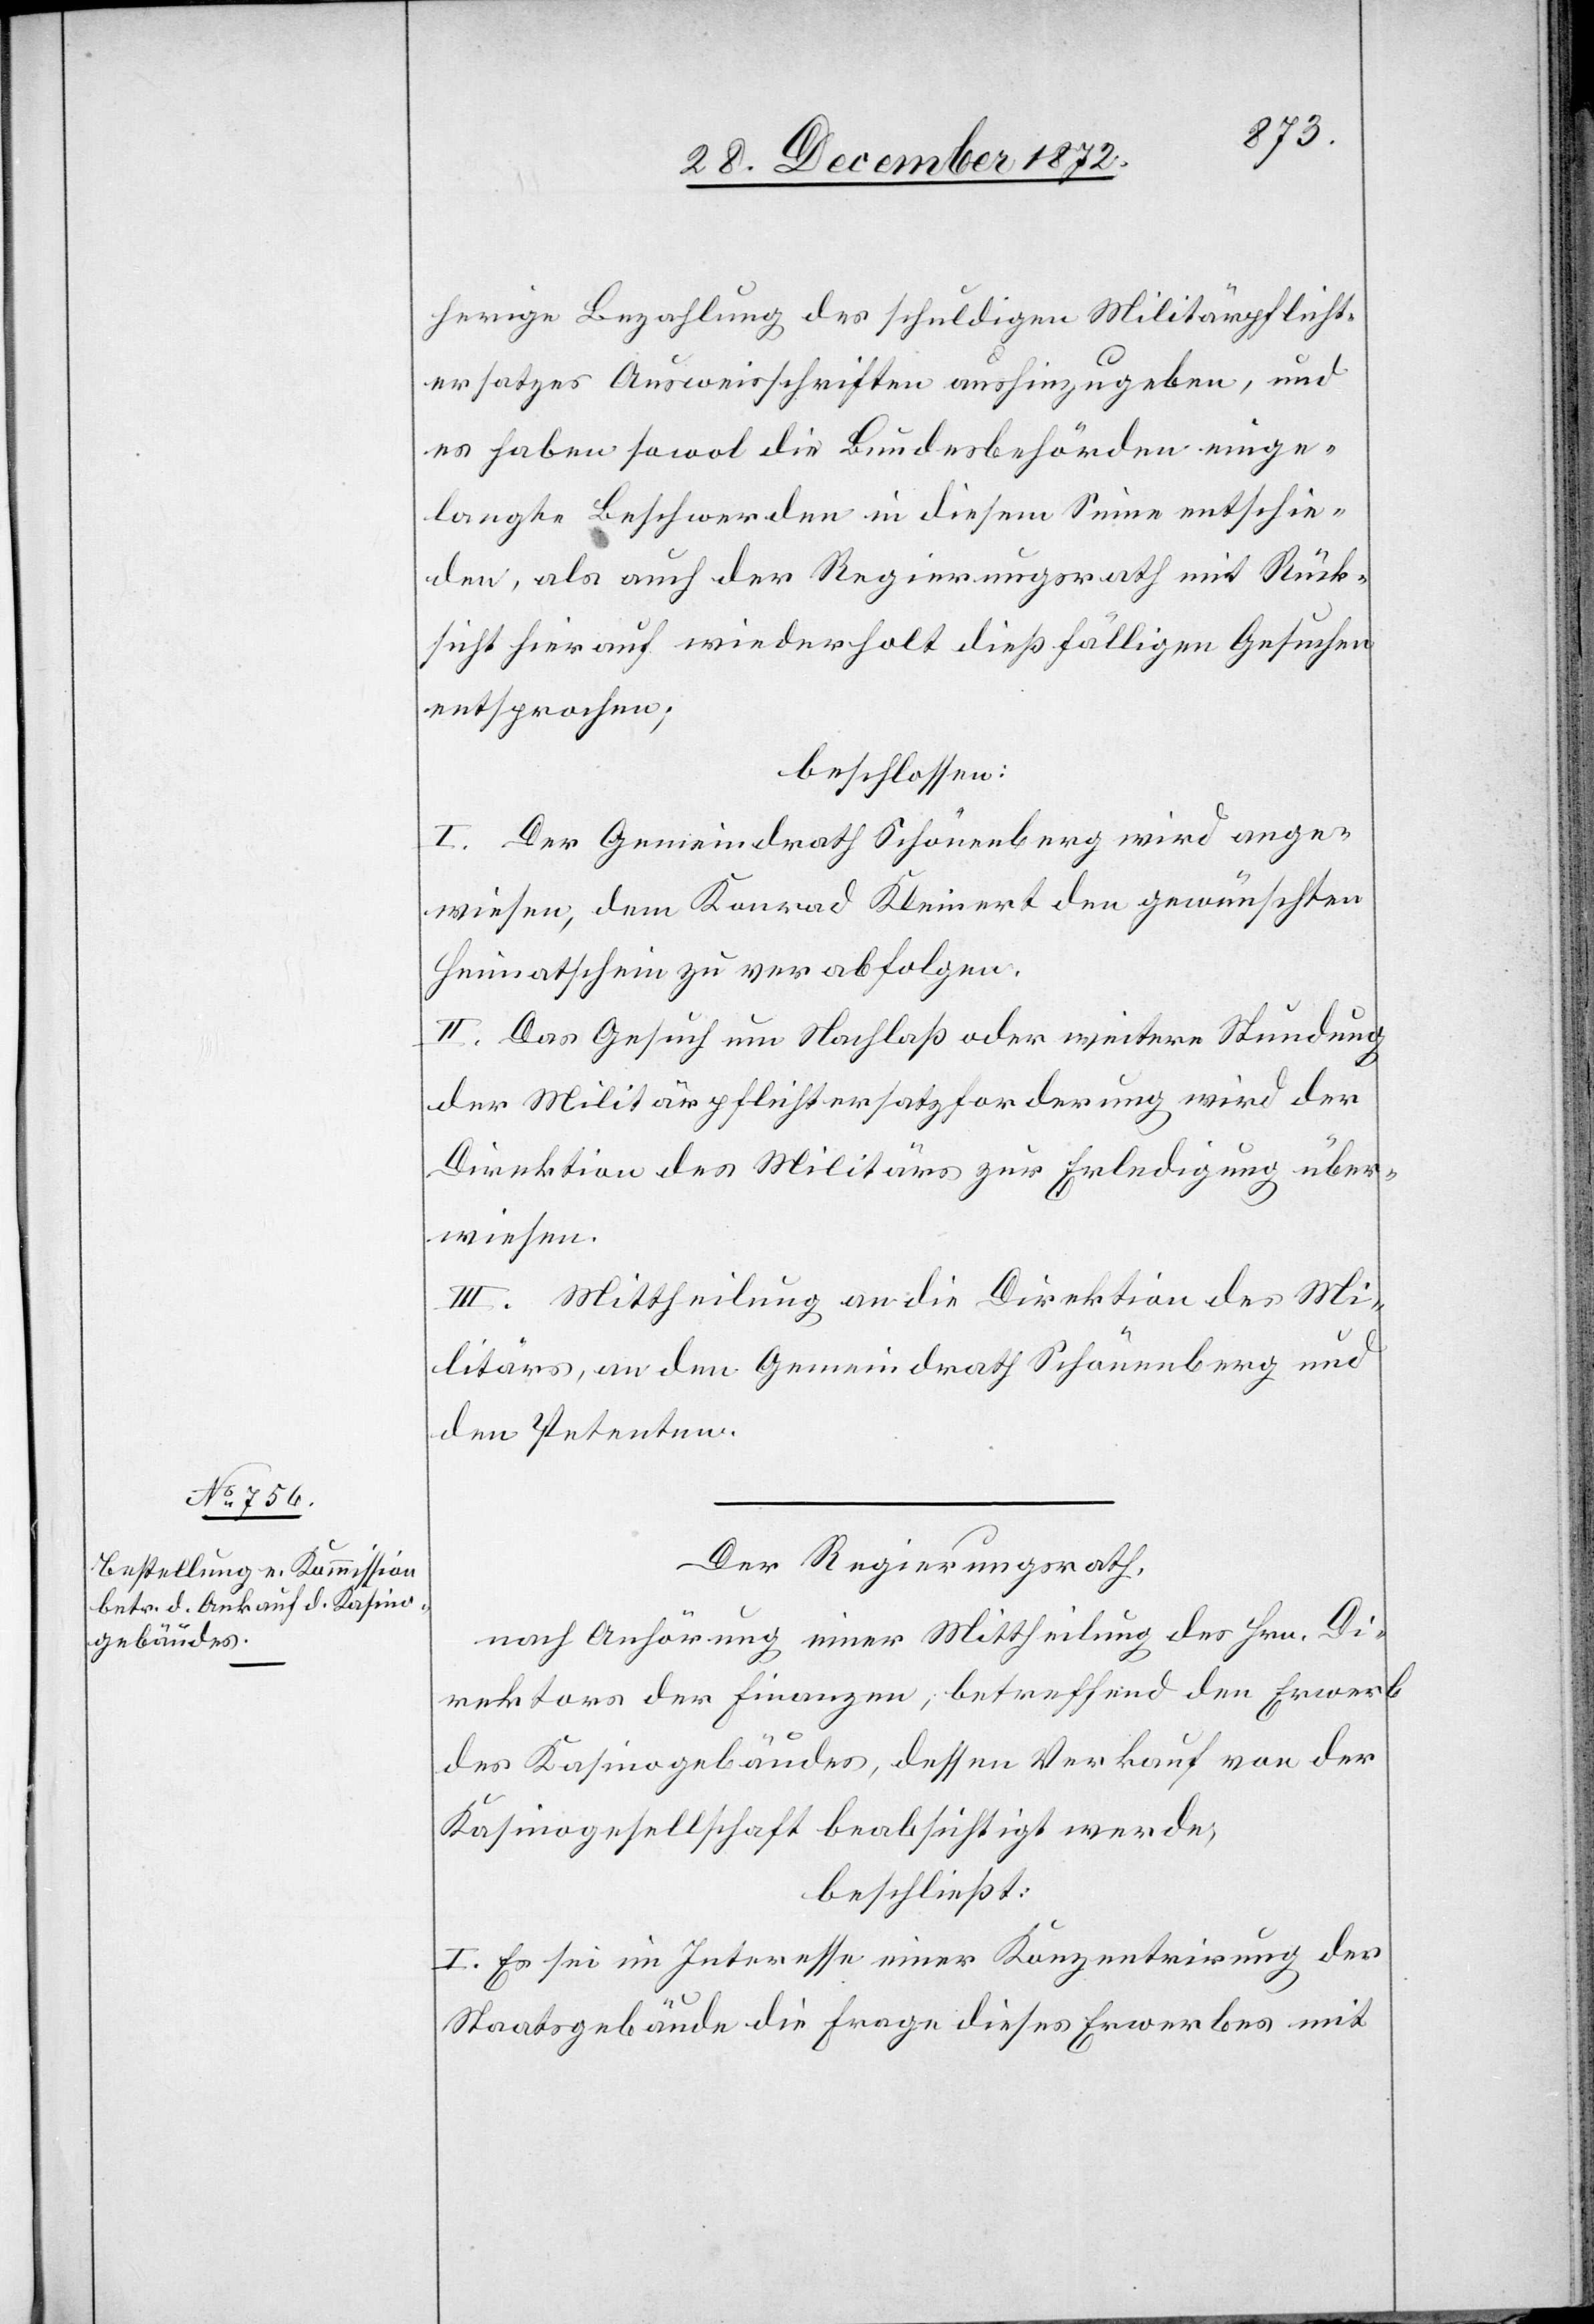
herige Bezahlung des schuldigen Militärpflicht¬
ersatzes Ausweisschriften aushinzugeben, und
es haben sowol die Bundesbehörden einge¬
langte Beschwerden in diesem Sinne entschie¬
den, als auch der Regierungsrath mit Rück¬
sicht hierauf wiederholt dießfälligen Gesuchen
entsprochen;
beschlossen:
I. Der Gemeindrath Schönenberg wird ange¬
wiesen, dem Konrad Kleinert den gewünschten
Heimatschein zu verabfolgen.
II. Das Gesuch um Nachlaß oder weitere Stundung
der Militärpflichtersatzforderung wird der
Direktion des Militärs zur Erledigung über¬
wiesen.
III. Mittheilung an die Direktion des Mi¬
litärs, an den Gemeindrath Schönenberg und
den Petenten.
Der Regierungsrath,
nach Anhörung einer Mittheilung des Hrn. Di¬
rektors der Finanzen, betreffend den Erwerb
des Kasinogebäudes, dessen Verkauf von der
Kasinogesellschaft beabsichtigt werde,
beschließt:
I. Es sei im Interesse einer Konzentrirung der
Staatsgebäude die Frage dieses Erwerbes mit